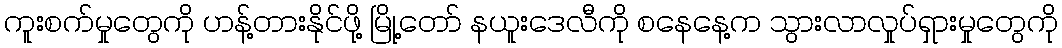
ကူးစက်မှုတွေကို ဟန့်တားနိုင်ဖို့ မြို့တော် နယူးဒေလီကို စနေနေ့က သွားလာလှုပ်ရှားမှုတွေကို